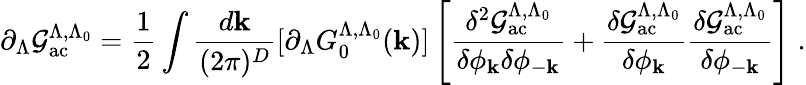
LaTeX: \partial_{\Lambda}{\cal{G}}_{\mathrm{ac}}^{\Lambda,\Lambda_{0}}=\frac{1}{2}\int\frac{d{\mathbf{k}}}{(2\pi)^{D}}[\partial_{\Lambda}G_{0}^{\Lambda,\Lambda_{0}}({\mathbf{k}})]\left[\frac{\delta^{2}{\cal{G}}_{\mathrm{ac}}^{\Lambda,\Lambda_{0}}}{\delta\phi_{\mathbf{k}}\delta\phi_{-{\mathbf{k}}}}+\frac{\delta{\cal{G}}_{\mathrm{ac}}^{\Lambda,\Lambda_{0}}}{\delta\phi_{\mathbf{k}}}\frac{\delta{\cal{G}}_{\mathrm{ac}}^{\Lambda,\Lambda_{0}}}{\delta\phi_{-\mathbf{k}}}\right]\; .